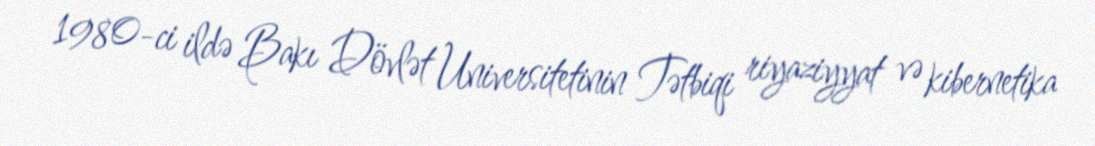
1980-ci ildə Bakı Dövlət Universitetinin Tətbiqi riyaziyyat və kibernetika